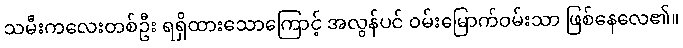
သမီးကလေးတစ်ဦး ရရှိထားသောကြောင့် အလွန်ပင် ဝမ်းမြောက်ဝမ်းသာ ဖြစ်နေလေ၏။